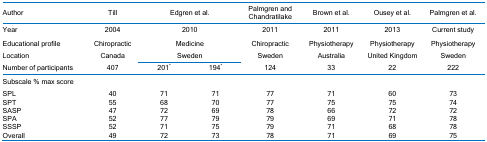
| Author | Till | <COLSPAN=2> Edgren et al. | Palmgren and Chandratilake | Brown et al. | Ousey et al. | Palmgren et al. |
 | --- | --- | --- | --- | --- | --- | --- | --- |
 | Year | 2004 | <COLSPAN=2> 2010 | 2011 | 2011 | 2013 | Current study |
 | Educational profile | Chiropractic | <COLSPAN=2> Medicine | Chiropractic | Physiotherapy | Physiotherapy | Physiotherapy |
 | Location | Canada | <COLSPAN=2> Sweden | Sweden | Australia | United Kingdom | Sweden |
 | Number of participants | 407 | 201* | 194* | 124 | 33 | 22 | 222 |
 | Subscale % max score |  |  |  |  |  |  |  |
 | SPL | 40 | 71 | 71 | 77 | 71 | 60 | 73 |
 | SPT | 55 | 68 | 70 | 77 | 75 | 75 | 74 |
 | SASP | 47 | 72 | 69 | 78 | 66 | 72 | 72 |
 | SPA | 52 | 77 | 79 | 79 | 69 | 71 | 78 |
 | SSSP | 52 | 71 | 75 | 79 | 71 | 68 | 78 |
 | Overall | 49 | 72 | 73 | 78 | 71 | 69 | 75 |